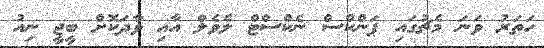
ހަތަރު ވަނަ މެޗުގައި ޕަންކްސް ނެކްސްޓް ލެވެލް އާއި ވާދަކޮށް ބީޖީ ނިއު